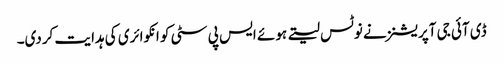
ڈی آئی جی آپریشنز نے نوٹس لیتے ہوئے ایس پی سٹی کو انکوائری کی ہدایت کردی۔